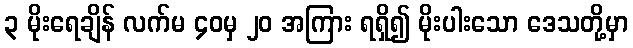
၃ မိုးရေချိန် လက်မ ၄၀မှ ၂၀ အကြား ရရှိ၍ မိုးပါးသော ဒေသတို့မှာ